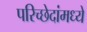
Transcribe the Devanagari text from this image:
परिच्छेदांमध्ये